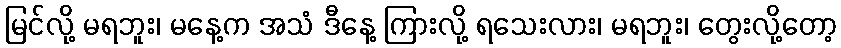
မြင်လို့ မရဘူး၊ မနေ့က အသံ ဒီနေ့ ကြားလို့ ရသေးလား၊ မရဘူး၊ တွေးလို့တော့